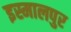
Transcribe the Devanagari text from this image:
इस्मालपुर